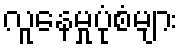
လူနေမှုပုံစံများ